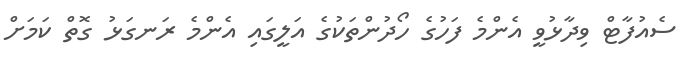
ސެއުފާޓް ވިދާޅުވީ އެންމެ ފަހުގެ ހޯދުންތަކުގެ އަލީގައި އެންމެ ރަނގަޅު ގޮތް ކަމަށް